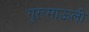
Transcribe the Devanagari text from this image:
गुरूमाऊली